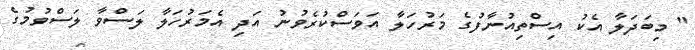
" މިބަދަލާ އެކު އިސްތިއުނާފުގެ މަރުހަލާ އަވަސްކުރެވުނު އަދި އެމަރުހަލާ ލަސްވާ ލަސްވުމުގެ